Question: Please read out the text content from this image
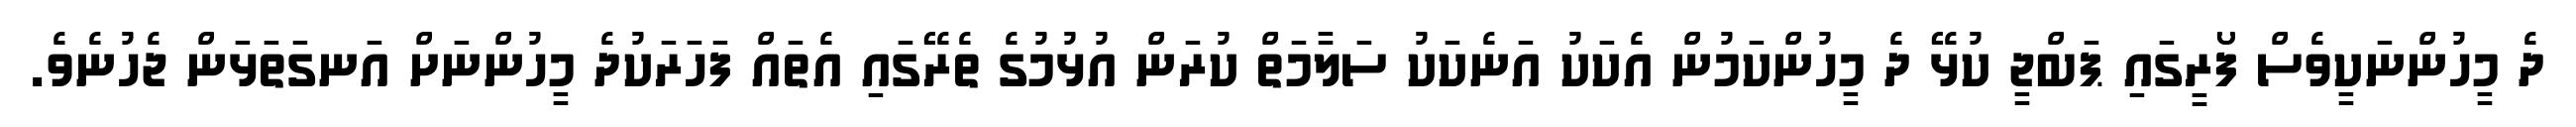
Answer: ދެ މީހުންނަކީވެސް ފޯރީގައި ޕަބްޖީ ކުޅޭ ދެ މީހުންކަމުން އެކަކު އަނެކަކު ސަލާމަތް ކުރަން އުޅުމުގެ ތެރޭގައި އެތައް ފަހަރަކުދެ މީހުންނަށް އަނގަތަޅަން ޖެހުނެވެ.